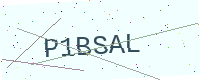
Text: P1BSAL